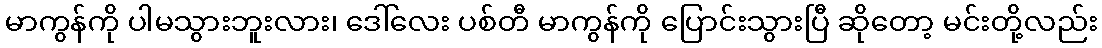
မာကွန်ကို ပါမသွားဘူးလား၊ ဒေါ်လေး ပစ်တီ မာကွန်ကို ပြောင်းသွားပြီ ဆိုတော့ မင်းတို့လည်း